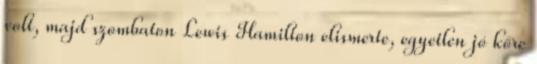
volt, majd szombaton Lewis Hamilton elismerte, egyetlen jó köre